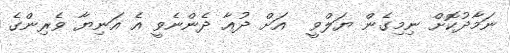
ނަމާދުކޮށް ނިމިގެން ޔަލްވީ  އަށް ދުޢާ ދެންނެވީ އެ އަނިޔާ ވެރިންގެ